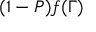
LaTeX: ( 1 - P ) f ( \Gamma )